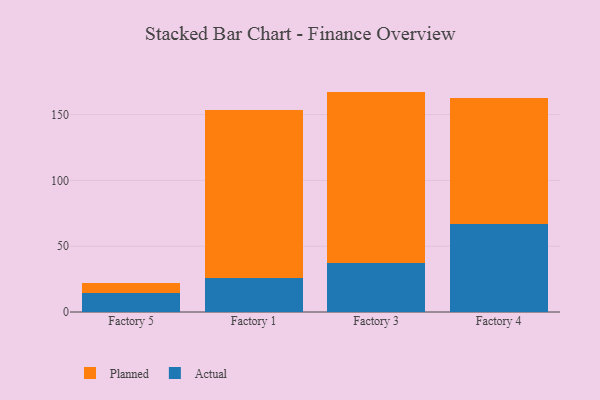
{"axis": {"x": "Factory", "y": "Bounce Rate (%)"}, "legend": ["Actual", "Planned"], "data": [{"x": "Factory 5", "y": 14.6, "type": "Actual"}, {"x": "Factory 5", "y": 7.5, "type": "Planned"}, {"x": "Factory 1", "y": 25.8, "type": "Actual"}, {"x": "Factory 1", "y": 128.1, "type": "Planned"}, {"x": "Factory 3", "y": 37.0, "type": "Actual"}, {"x": "Factory 3", "y": 130.5, "type": "Planned"}, {"x": "Factory 4", "y": 67.1, "type": "Actual"}, {"x": "Factory 4", "y": 95.9, "type": "Planned"}]}